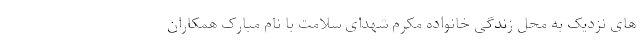
های نزدیک به محل زندگی خانواده مکرم شهدای سلامت با نام مبارک همکاران